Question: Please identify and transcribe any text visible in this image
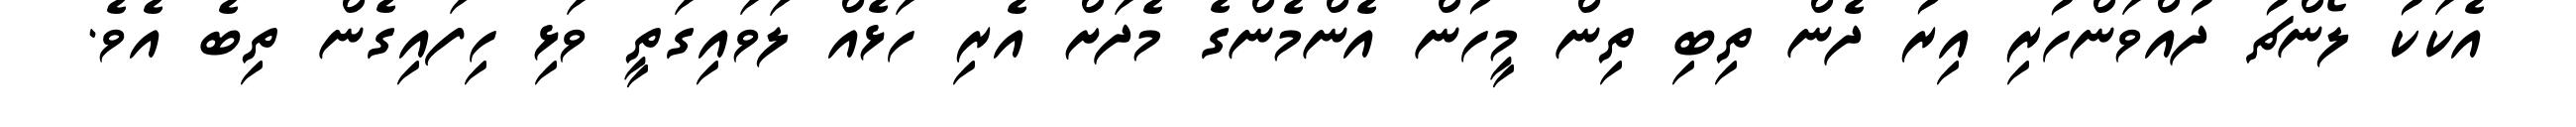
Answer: އެކަކު ލޯންޗު ދުއްވަންހުރި އިރު ދެން ތިބި ތިން މީހުން އެންމެންގެ މެދަށް އެރި ހަޅެއް ލަވައިގަތީ ވަޅި ހިފައިގެން ތިބެ އެވެ.